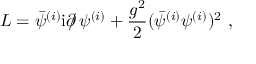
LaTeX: { \cal L } = \bar { \psi } ^ { ( i ) } \mathrm { i } \partial \! \! \! / \, \psi ^ { ( i ) } + \frac { g ^ { 2 } } { 2 } ( \bar { \psi } ^ { ( i ) } \psi ^ { ( i ) } ) ^ { 2 } \ ,